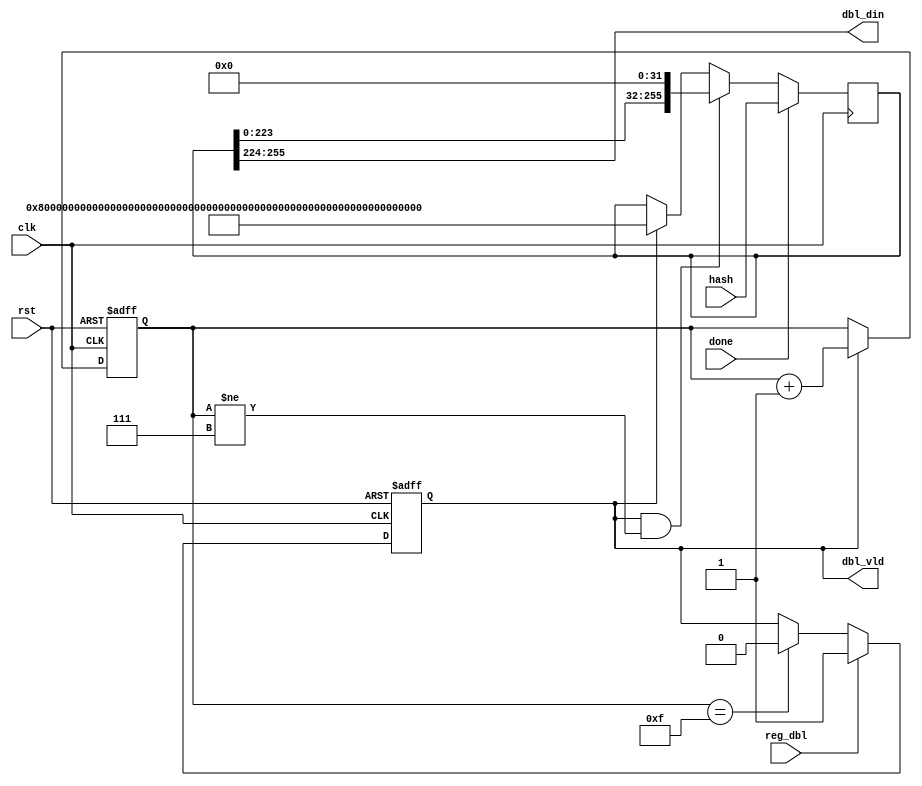
module dbl_sha(
input         clk       ,
input         rst       ,

input         reg_dbl   ,
input         done      ,
input [255:0] hash      ,

output        dbl_vld   ,
output[31:0]  dbl_din    
);

/*
         _________________________
start __|                         |___
      ____ _                    __ ___
cnt   _0__|_1-------------------31|_0_

*/

reg start ;
reg [3:0] cnt ;//0~31
reg [255:0] hash_r ;

always @ ( posedge clk or posedge rst ) begin
	if( rst )
		start <= 1'b0 ;
	else if( reg_dbl )
		start <= 1'b1 ;
	else if( cnt == 15 )
		start <= 1'b0 ;
end

always @ ( posedge clk or posedge rst ) begin
	if( rst )
		cnt <= 'b0 ;
	else if( start )
		cnt <= cnt + 'b1 ;
end

always @ ( posedge clk ) begin
	if( done )
		hash_r <= hash ;
	else if( start && cnt != 7 )
		hash_r <= hash_r << 32 ;
	else if( start )//cnt == 15
		hash_r <= 256'h80000000_00000000_00000000_00000000_00000000_00000000_00000000_00000100 ;
end

assign dbl_vld = start ;
assign dbl_din = hash_r[255:255-31] ;

endmodule